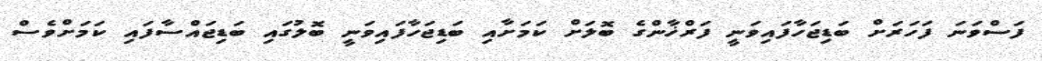
ފަސްވަނަ ފަހަރަށް ބަޑިޖަހާފައިވަނީ ފަރްޚާންގެ ބޮލަށް ކަމަށާއި ބަޑިޖަހާފައިވަނީ ބޮލުގައި ބަޑިޖައްސާފައި ކަމަށްވެސް